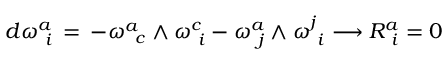
d \omega _ { \phantom { i } i } ^ { a } \, = \, - \omega _ { \phantom { c } c } ^ { a } \wedge \omega _ { \phantom { i } i } ^ { c } - \omega _ { \phantom { j } j } ^ { a } \wedge \omega _ { \phantom { i } i } ^ { j } \longrightarrow R _ { \phantom { i } i } ^ { a } = 0